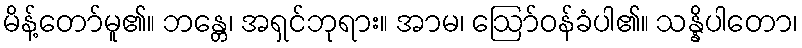
မိန့်တော်မူ၏။ ဘန္တေ၊ အရှင်ဘုရား။ အာမ၊ ဩော်ဝန်ခံပါ၏။ သန္နိပါတော၊